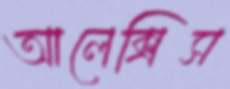
আলেক্সিস